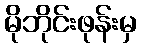
မိုဘိုင်းဖုန်းမှ